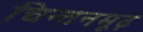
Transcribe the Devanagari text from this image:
चिन्तनमूढ़